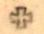
+